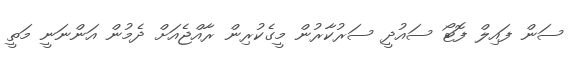
ސަން ފައިލް ފޮޓޯ ސައުދީ ސަރުކާރުން މީގެކުރިން ރާއްޖެއަށް ދެމުން އަންނަނީ މަތީ